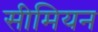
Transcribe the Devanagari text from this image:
सीमियन